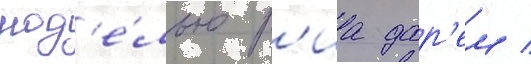
мод'е́лью р'иа дар'ем /